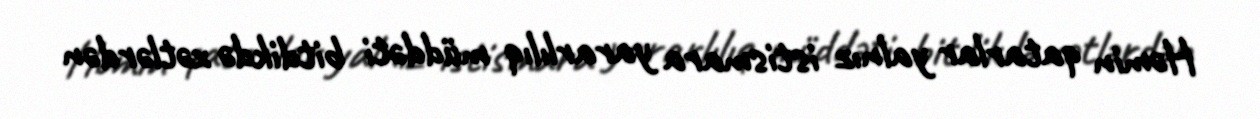
Həmin qatarlar yalnız istismara yararlılıq müddəti bitdikdə xətlərdən